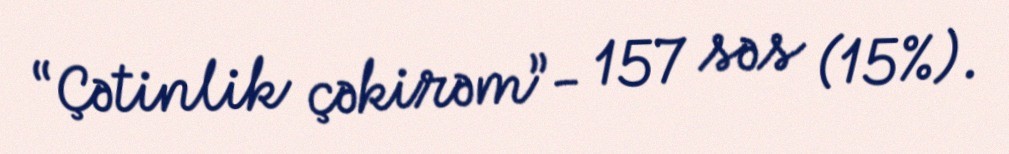
“Çətinlik çəkirəm”- 157 səs (15%).